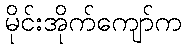
မိုင်းအိုက်ကျော်က